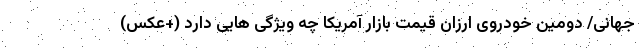
جهانی/ دومین خودروی ارزان قیمت بازار آمریکا چه ویژگی هایی دارد (+عکس)